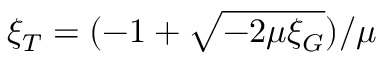
\xi _ { T } = ( - 1 + \sqrt { - 2 \mu \xi _ { G } } ) / \mu